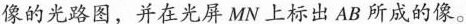
像的光路图，并在光屏MN上标出AB所成的像。